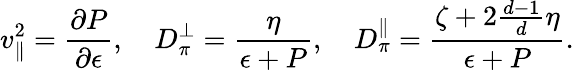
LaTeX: v_{\| }^{2}=\frac{\partial P}{\partial\epsilon},\quad D_{\pi}^{\perp}=\frac{\eta}{\epsilon+P},\quad D_{\pi}^{\| }=\frac{\zeta+2{\textstyle\frac{d-1}{d}}\eta}{\epsilon+P}.